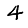
Digit: 4